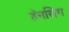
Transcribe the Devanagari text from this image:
हॅनसिंग